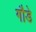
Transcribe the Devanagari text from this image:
गौडे